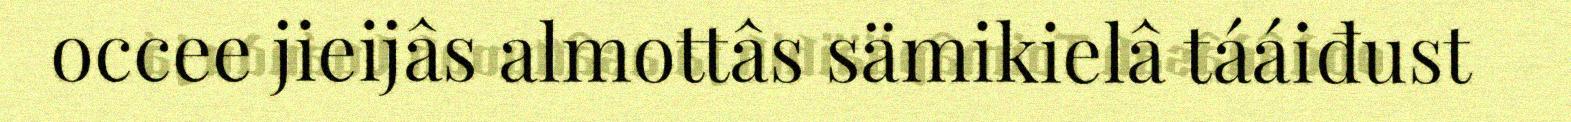
occee jieijâs almottâs sämikielâ tááiđust